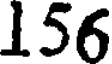
156